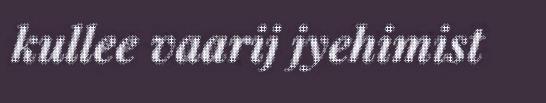
kullee vaarij jyehimist